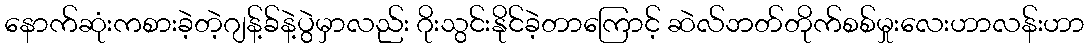
နောက်ဆုံးကစားခဲ့တဲ့ဂျန့်ခ်နဲ့ပွဲမှာလည်း ဂိုးသွင်းနိုင်ခဲ့တာကြောင့် ဆဲလ်ဘတ်တိုက်စစ်မှုးလေးဟာလန်းဟာ